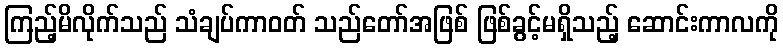
ကြည့်မိလိုက်သည် သံချပ်ကာဝတ် သည်တော်အဖြစ် ဖြစ်ခွင့်မရှိသည့် ဆောင်းကာလကို